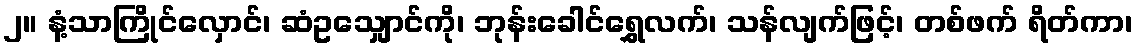
၂။ နံ့သာကြိုင်လှောင်၊ ဆံဥသျှောင်ကို၊ ဘုန်းခေါင်ရွှေလက်၊ သန်လျက်ဖြင့်၊ တစ်ဖက် ရိတ်ကာ၊